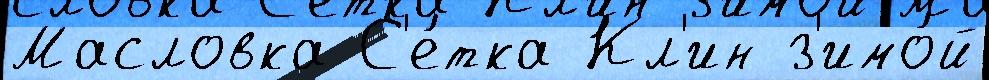
Масловка С'е́тка Кл'ин з'имо́й